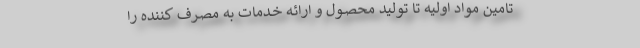
تامین مواد اولیه تا تولید محصـول و ارائـه خـدمات به مصرف کننده را